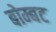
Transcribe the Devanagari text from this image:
बोम्बट